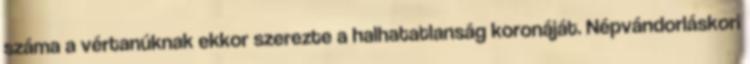
száma a vértanúknak ekkor szerezte a halhatatlanság koronáját. Népvándorláskori